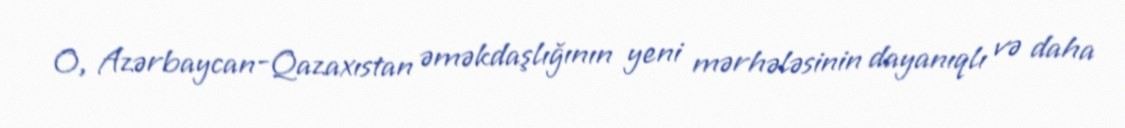
O, Azərbaycan-Qazaxıstan əməkdaşlığının yeni mərhələsinin dayanıqlı və daha